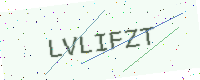
Text: LVLIFZT